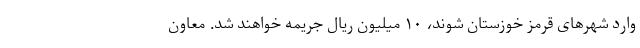
وارد شهرهای قرمز خوزستان شوند، ۱۰ میلیون ریال جریمه خواهند شد. معاون